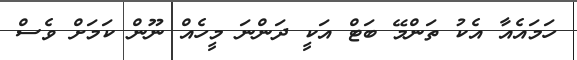
ހަމައެއާ އެކު ތަންމޭ ބަޓް އަކީ ދަންނަ މީހެއް ނޫން ކަމަށް ވެސް